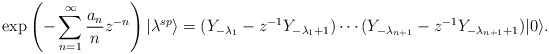
\begin{align*}\exp\left(-\sum^\infty_{n=1}\frac{a_n}{n}z^{-n}\right)|\lambda^{sp}\rangle=(Y_{-\lambda_1}-z^{-1}Y_{-\lambda_1+1})\cdots (Y_{-\lambda_{n+1}}-z^{-1}Y_{-\lambda_{n+1}+1})|0\rangle.\end{align*}